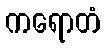
ကရောတံ